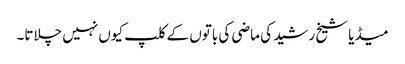
میڈیا شیخ رشید کی ماضی کی باتوں کے کلپ کیوں نہیں چلاتا۔